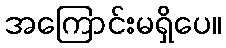
အကြောင်းမရှိပေ။